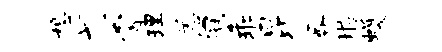
想弋霄理恙冠乖昆晷堪蠖